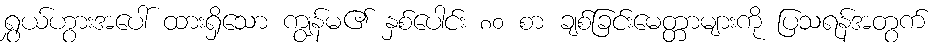
ရွှယ်ဟွားအပေါ် ထားရှိသော ကျွန်မ၏ နှစ်ပေါင်း ၈၀ စာ ချစ်ခြင်းမေတ္တာများကို ပြသရန်အတွက်